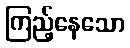
ကြည့်နေသော